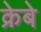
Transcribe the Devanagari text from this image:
क्रेबे